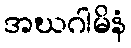
အဃဂါမိနံ